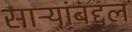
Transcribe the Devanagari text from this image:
साऱ्यांबद्दल